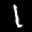
Label: 1